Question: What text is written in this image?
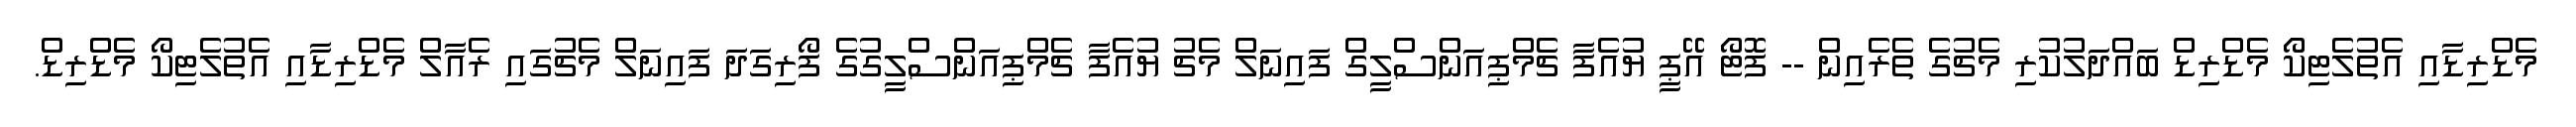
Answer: މެޑްރިޑާއި އެތުލެޓިކޯ މެޑްރިޑް ބައްދަލުކުރި މެޗުގެ ތެރެއިން -- ފޮޓޯ އޭޕީ ޔުއެފާ ޗެމްޕިއަންސްލީގް ފައިނަލް މެޗު ޔުއެފާ ޗެމްޕިއަންސްލީގުގެ ފޯރިގަދަ ފައިނަލް މެޗުގައި ރެއާލް މެޑްރިޑާއި އެތުލެޓިކޯ މެޑްރިޑް.